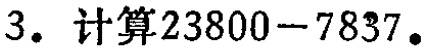
3. 计算\(23800 - 7837\)。